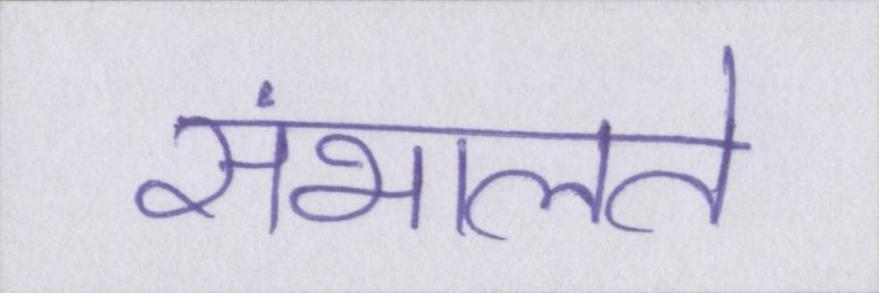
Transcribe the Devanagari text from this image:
संभालते